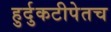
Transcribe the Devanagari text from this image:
हुर्दुकटीपेतच